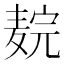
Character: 𬹉